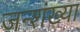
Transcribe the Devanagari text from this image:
जन्शंख्या